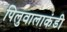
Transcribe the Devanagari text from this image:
पिलुवालाकंडी